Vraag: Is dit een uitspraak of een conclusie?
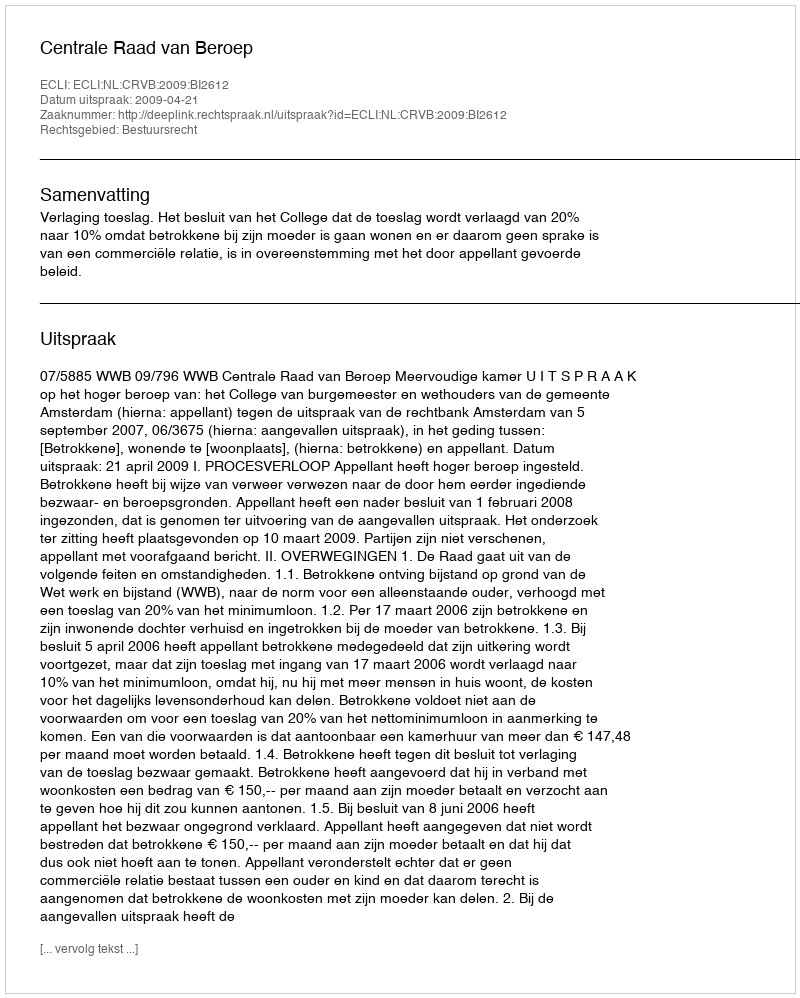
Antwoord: Uitspraak